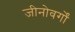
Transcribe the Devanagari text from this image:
जीनोवर्गों